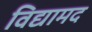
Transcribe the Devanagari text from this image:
विद्यामद